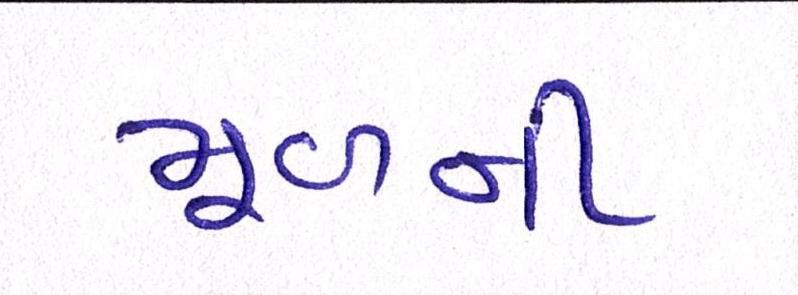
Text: મૂળની